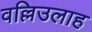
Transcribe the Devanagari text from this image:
वल्लिउलाह